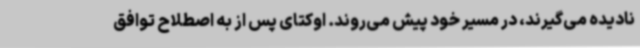
نادیده می‌گیرند، در مسیر خود پیش می‌روند. اوکتای پس از به اصطلاح توافق